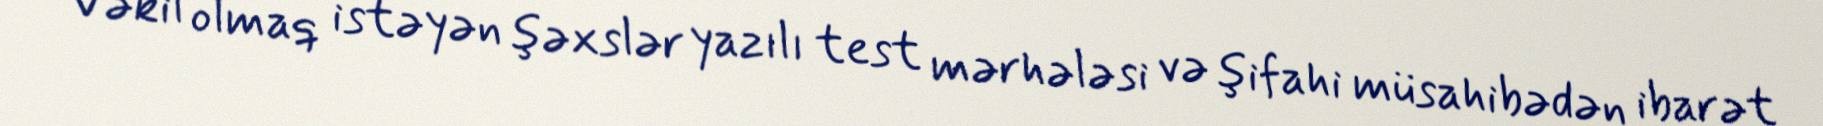
Vəkil olmaq istəyən şəxslər yazılı test mərhələsi və şifahi müsahibədən ibarət